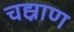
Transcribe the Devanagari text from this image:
चह्नाण